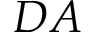
D A